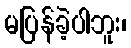
မပြန်ခဲ့ပါဘူး၊